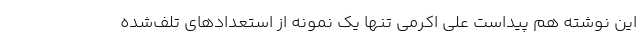
این نوشته هم پیداست علی اکرمی تنها یک نمونه از استعدادهای تلف‌شده